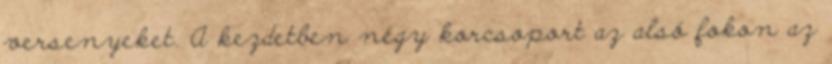
versenyeket. A kezdetben négy korcsoport az alsó fokon az